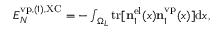
\begin{array} { r } { { \cal E } _ { N } ^ { \ensuremath { \mathrm { v p } } , ( 1 ) , \mathrm { X C } } = - \int _ { \Omega _ { L } } \ensuremath { \mathrm { t r } } [ \ensuremath { \mathbf { n } } _ { 1 } ^ { \ensuremath { \mathrm { e l } } } ( x ) \ensuremath { \mathbf { n } } _ { 1 } ^ { \ensuremath { \mathrm { v p } } } ( x ) ] \ensuremath { \mathrm { d } } x , } \end{array}